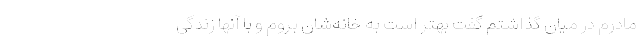
مادرم در میان گذاشتم گفت بهتر است به خانه‌شان بروم و با آنها زندگی